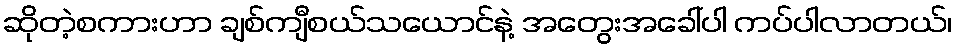
ဆိုတဲ့စကားဟာ ချစ်ကျီစယ်သယောင်နဲ့ အတွေးအခေါ်ပါ ကပ်ပါလာတယ်၊